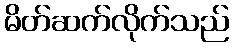
မိတ်ဆက်လိုက်သည်